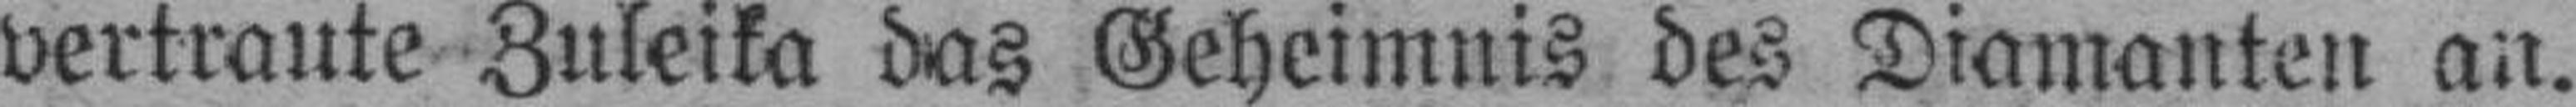
vertraute Zuleika das Geheimnis des Diamanten an.